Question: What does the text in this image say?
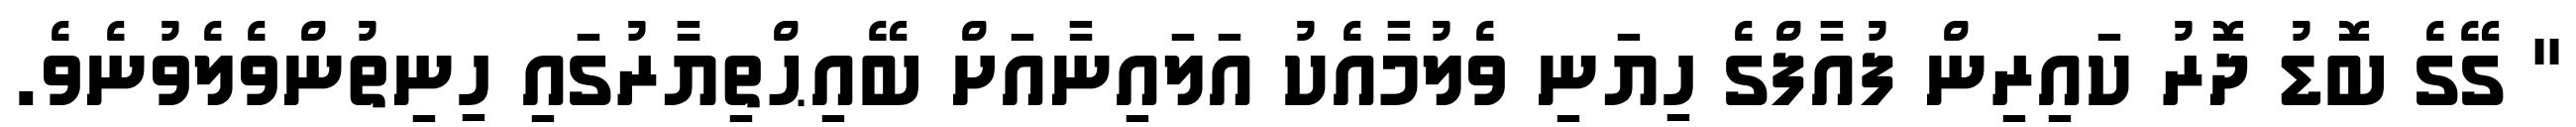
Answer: " ގޭގެ ބޮޑު ދޮރު ކައިރިން ފުއާފްގެ ހިޔަނި ވެލުމާއެކު އަލައިނާއަށް ބޭއިޙްތިޔާރުގައި ހިނިތުންވެލެވުނެވެ.